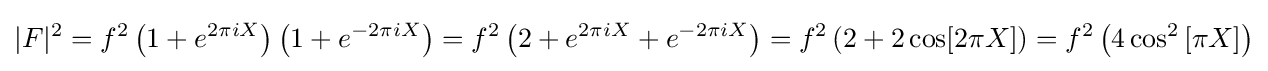
|F|^{2}=f^{2}\left(1+e^{2\pi iX}\right)\left(1+e^{-2\pi iX}\right)=f^{2}\left(2+e^{2\pi iX}+e^{-2\pi iX}\right)=f^{2}\left(2+2\cos[2\pi X]\right)=f^{2}\left(4\cos ^{2}\left[\pi X\right]\right)